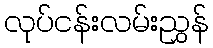
လုပ်ငန်းလမ်းညွှန်